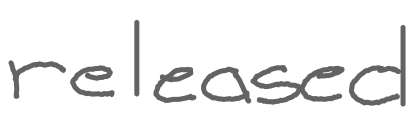
Text: released
Cross-out: clean
Writing tool: digital_gray